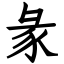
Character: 彖